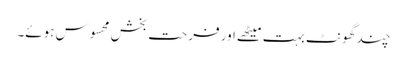
چند گھونٹ بہت میٹھے اور فرحت بخش محسوس ہوئے۔